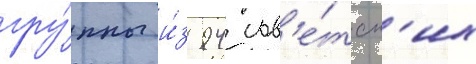
гру́ппы и́з 94 сов'е́тск'их